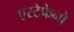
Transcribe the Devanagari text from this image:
एस्टेफेनो